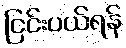
ငြင်းပယ်ရန်